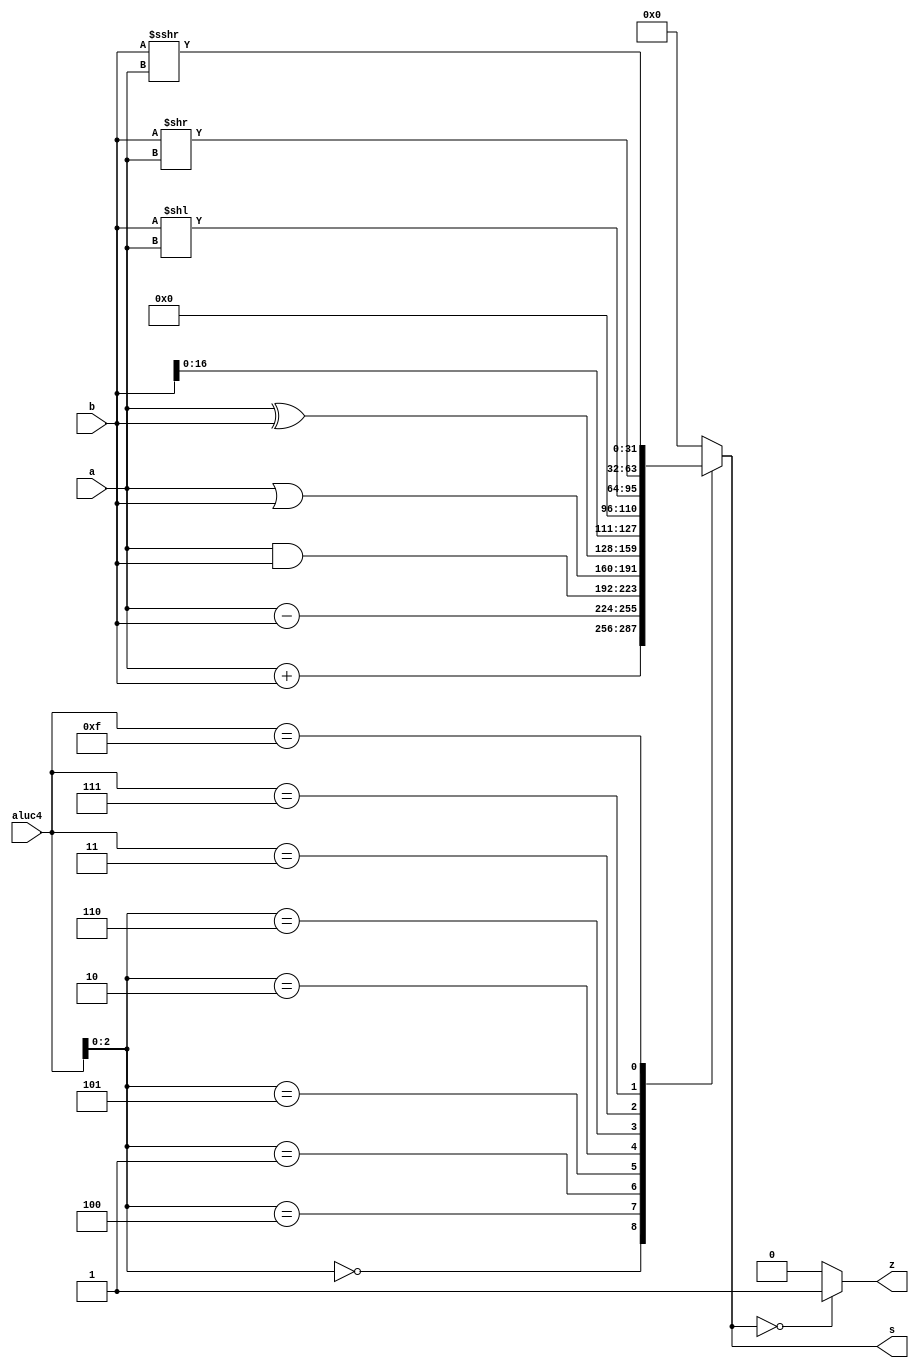
module alu (a,b,aluc4,s,z);
   input [31:0] a,b;
   input [3:0]  aluc4;
   output [31:0] s;
   output        z;
   wire [3:0] aluc4;
   reg [31:0] s;
   reg        z;
   always @ (a or b or aluc4) 
      begin                                   // event
         casex (aluc4)
             4'bx000: s = a + b;              //x000 ADD
             4'bx100: s = a - b;              //x100 SUB
             4'bx001: s = a & b;              //x001 AND
             4'bx101: s = a | b;              //x101 OR
             4'bx010: s = a ^ b;              //x010 XOR
             4'bx110: s = b << 32'h0F;        //LUI: imm << 16bit             
             4'b0011: s = b << a;             //SLL: rd <- (rt << sa)
             4'b0111: s = b >> a;             //SRL: rd <- (rt >> sa) (logical)
             4'b1111: s = $signed(b) >>> a;   //SRA: rd <- (rt >> sa) (arithmetic)
             default: s = 0;
         endcase
         if (s == 0 )  z = 1;
            else z = 0;         
      end      
endmodule